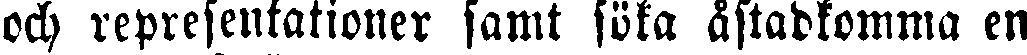
och representationer samt söka åstadkomma en